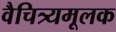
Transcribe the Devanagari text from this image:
वैचित्र्यमूलक